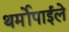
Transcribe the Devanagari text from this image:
थर्मोपाईले